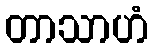
တာသာဟံ